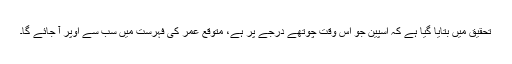
تحقیق میں بتایا گیا ہے کہ اسپین جو اس وقت چوتھے درجے پر ہے، متوقع عمر کی فہرست میں سب سے اوپر آ جائے گا۔